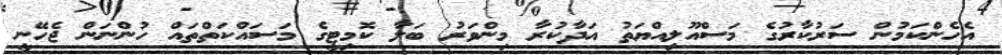
އެހެންކަމުން ސަރުކާރުގެ މަސްއޫލިއްޔަތު އަދާކުރާ މިންވަރު ބަލާ ކޮމިޓީގެ މަސައްކަތްތައް ހުންނަން ޖެހޭނީ